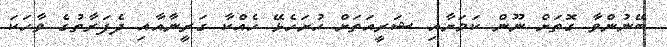
ބޭނުންވާ ގޮތަށް ނޫން ކަމަށާއި ޝަރީއަތަށް ހުށަހެޅޭ ހެއްކާ ގަރީނާއާއި ދެފަރާތުގެ ވާހަކަ